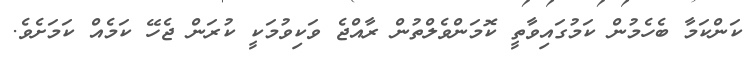
ކަންކަމާ ބެހެމުން ކަމުގައިވާތީ ކޮމަންވެލްތުން ރާއްޖެ ވަކިވުމަކީ ކުރަން ޖެހޭ ކަމެއް ކަމަށެވެ.